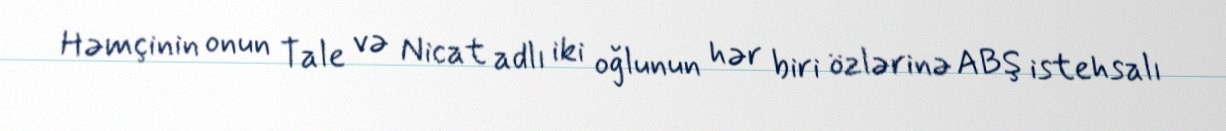
Həmçinin onun Tale və Nicat adlı iki oğlunun hər biri özlərinə ABŞ istehsalı